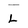
Character: L